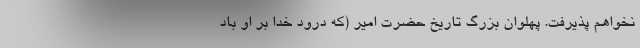
نخواهم پذیرفت. پهلوان بزرگ تاریخ حضرت امیر (که درود خدا بر او باد